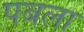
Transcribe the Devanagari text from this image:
पबला